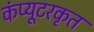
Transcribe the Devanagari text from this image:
कंप्यूटरकृत